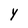
Character: Y